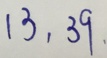
1 3 , 3 9 .